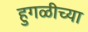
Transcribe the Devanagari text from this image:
हुगळीच्या